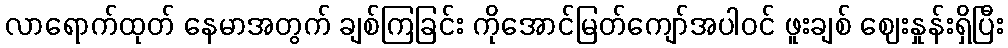
လာရောက်ထုတ် နေမာအတွက် ချစ်ကြခြင်း ကိုအောင်မြတ်ကျော်အပါဝင် ဖူးချစ် ဈေးနှုန်းရှိပြီး